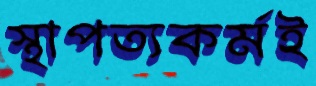
স্থাপত্যকর্মই